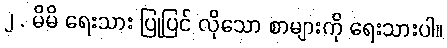
၂ . မိမိ ရေးသား ပြုပြင် လိုသော စာများကို ရေးသားပါ။